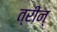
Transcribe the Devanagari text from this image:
त्रीन्